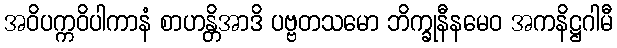
အဝိပက္ကဝိပါကာနံ စာဟန္တိအာဒိ ပဗ္ဗတသမော ဘိက္ခုနီနမေဝ အကနိဋ္ဌဂါမီ